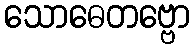
သောဓေတဗ္ဗော